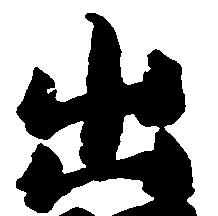
出